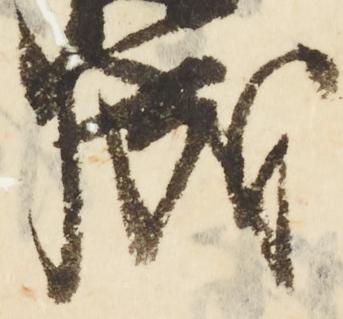
成